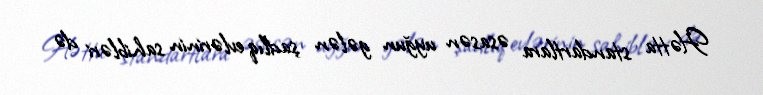
Hətta standartlara əsasən uyğun gələn şadlıq evlərinin sahibləri də